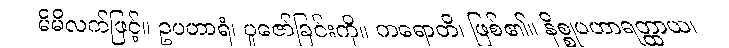
မိမိလက်ဖြင့်။ ဥပဟာရံ၊ ပူဇော်ခြင်းကို။ ကရောတိ၊ ဖြစ်၏။ နိစ္စုပဟာရတ္ထာယ၊